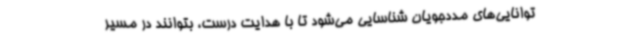
توانایی‌های مددجویان شناسایی می‌شود تا با هدایت درست، بتوانند در مسیر